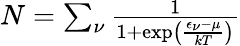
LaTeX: \begin{array}{r}{N=\sum_{\nu}\frac{1}{1+\exp\left(\frac{\epsilon_{\nu}-\mu}{kT}\right)}}\end{array}